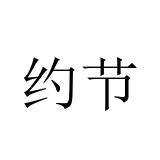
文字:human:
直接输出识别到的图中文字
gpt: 约节